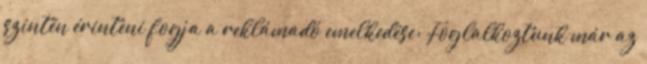
szintén érinteni fogja a reklámadó emelkedése: Foglalkoztunk már az